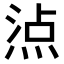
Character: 𤊁